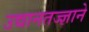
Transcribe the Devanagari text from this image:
उद्यानतज्ज्ञाने